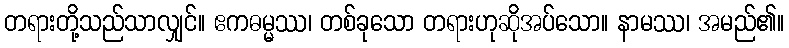
တရားတို့သည်သာလျှင်။ ဧကဓမ္မဿ၊ တစ်ခုသော တရားဟုဆိုအပ်သော။ နာမဿ၊ အမည်၏။